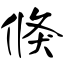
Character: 倏